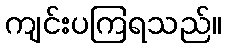
ကျင်းပကြရသည်။